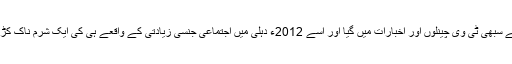
اس قتل کا ذکر بھارت کے سبھی ٹی وی چینلوں اور اخبارات میں گیا اور اسے 2012ء دہلی میں اجتماعی جنسی زیادتی کے واقعے ہی کی ایک شرم ناک کڑی کے طور پیش کیا گیا۔